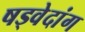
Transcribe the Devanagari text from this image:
षड्वेदांग